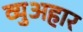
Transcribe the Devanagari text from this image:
व्युअहार